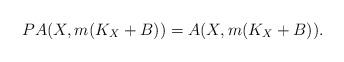
LaTeX: \begin{align*}PA(X,m(K_X+B)) = A(X,m(K_X+B)).\end{align*}